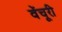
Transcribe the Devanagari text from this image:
वेंचूरी